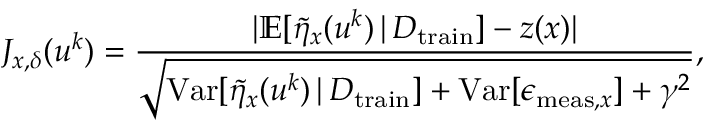
J _ { x , \delta } ( u ^ { k } ) = \frac { \lvert \mathbb { E } [ \Tilde { \eta } _ { x } ( u ^ { k } ) \, \vert \, D _ { \mathrm { t r a i n } } ] - z ( x ) \rvert } { \sqrt { \mathrm { V a r } [ \Tilde { \eta } _ { x } ( u ^ { k } ) \, \vert \, D _ { \mathrm { t r a i n } } ] + \mathrm { V a r } [ \epsilon _ { \mathrm { m e a s } , x } ] + \gamma ^ { 2 } } } ,